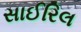
સાઈરિલ